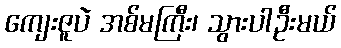
ကျေးဇူပဲ အစ်မကြီး၊ သွားပါဦးမယ်